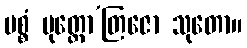
ပစ္စံ ပုတ္တော’တြဇော သုတော။